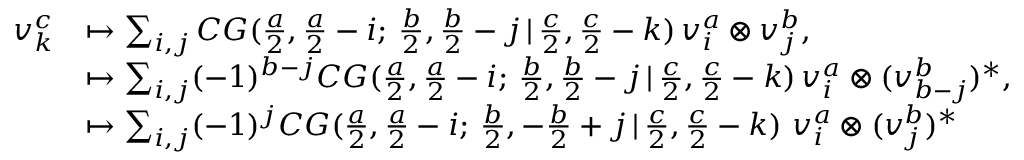
\begin{array} { r l } { v _ { k } ^ { c } } & { \mapsto \sum _ { i , j } C G ( \frac { a } { 2 } , \frac { a } { 2 } - i ; \, \frac { b } { 2 } , \frac { b } { 2 } - j \, | \, \frac { c } { 2 } , \frac { c } { 2 } - k ) \, v _ { i } ^ { a } \otimes v _ { j } ^ { b } , } \\ & { \mapsto \sum _ { i , j } ( - 1 ) ^ { b - j } C G ( \frac { a } { 2 } , \frac { a } { 2 } - i ; \, \frac { b } { 2 } , \frac { b } { 2 } - j \, | \, \frac { c } { 2 } , \frac { c } { 2 } - k ) \, v _ { i } ^ { a } \otimes ( v _ { b - j } ^ { b } ) ^ { * } , } \\ & { \mapsto \sum _ { i , j } ( - 1 ) ^ { j } C G ( \frac { a } { 2 } , \frac { a } { 2 } - i ; \, \frac { b } { 2 } , - \frac { b } { 2 } + j \, | \, \frac { c } { 2 } , \frac { c } { 2 } - k ) \, \, v _ { i } ^ { a } \otimes ( v _ { j } ^ { b } ) ^ { * } } \end{array}